Medical and sanitary report of the native army of Bengal for the year
Year: 1878
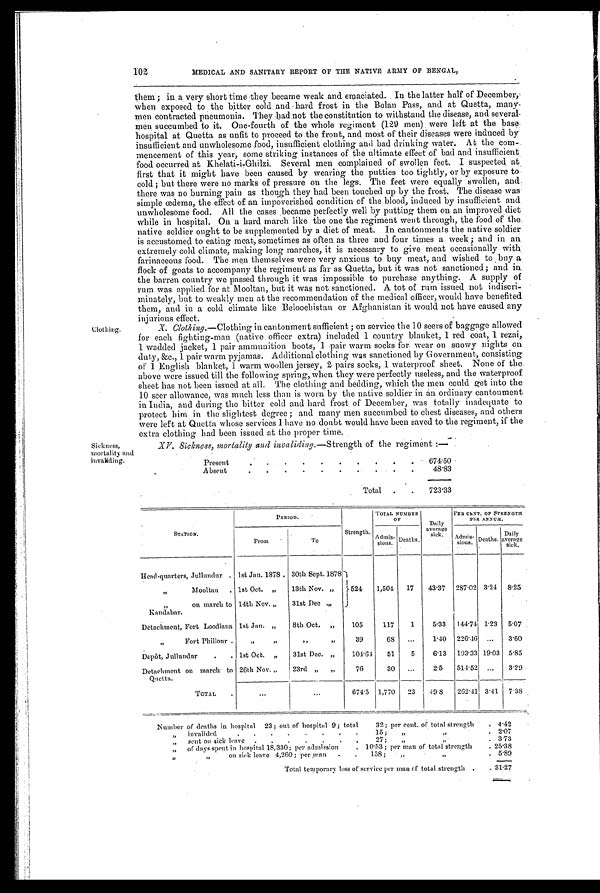
102 MEDICAL AND SANITARY REPORT OF THE NATIVE ARMY OF BENGAL,
them; in a very short time theybecame weak and emaciated. In the latter half of December,
When exposed to the bitter cold and hard frost in the Bolan Pass, and at Quetta, many-
men contracted pneumonia. They had not the constitution to withstand the disease, and several-
men succumbed to it. One-fourth of the whole regiment (129 men). were left at the base
hospital at Quetta as unfit to proceed to the front, and most of their diseases were induced by
insufficient and unwholesome food, insufficient clothing and bad drinking water. At the com-
mencement of this year, some striking instances of the ultimate effect of bad and insufficient
food occurred at Khelati-i-Ghilzi. Several men complained of swollen feet. I suspected at
first that it might have been caused by wearing the putties too tightly, or by exposure to
cold ; but there were no marks of pressure on the legs. The feet were equally swollen, and
there was no burning pain as though they had been touched up by the frost. The disease was
simple œdema, the effect of an impoverished condition of the blood, induced by insufficient and
unwholesome food. All the cases ,became perfectly well by putting them on an improved diet
while in hospital. On a hard march like the one the regiment went through, the food of the
native soldier ought-to be supplemented by a diet of meat. In cantonments the native soldier
is accustomed to eating meat, sometimes as often as three and four times a week ; and in an
extremely cold climate, making long marches, it is necessary to give meat occasionally with,
farinaceous food. The men themselves were very anxious to buy meat, and wished to buy a
flock of goats to accompany the regiment as far as Quetta, but it was not sanctioned; and in
the barren country we passed through it was impossible to purchase anything. A supply of
rum was applied for at Mooltan, but it was not sanctioned. A tot of rum issued not indiscri-
minately, but to weakly men at the recommendation of the medical officer, would have benefited
them, and in a cold climate like Beloochistan or Afghanistan it would not have caused any
injurious effect.
Clothing.
Sickness,
mortality and
X. Clothing.—Clothing in cantonment sufficient ; on service the 10 seers of baggage allowed
for each fighting-man (native officer extra) included 1 country blanket, 1 red coat, 1 rezai,
1 wadded jacket, 1 pair ammunition boots, 1 pair warm socks for, wear on snowy nights on
d u t y , & c . , 1 p a i r w a r m p y j a m a s . A d d i t i o n a l c l o t h i n g w a s s a n c t i o n e d b y G o v e r n m e n t , c o n s i s t i n g
of 1 English blanket, 1 warm woollen jersey, 2 pairs socks, 1 waterproof sheet. None of the.
above were issued till the following spring, when they were perfectly useless, and the waterproof
sheet has not been issued at all. The clothing and bedding, which the men could get into the
10 seer allowance, was much less than is worn by the native soldier in an ordinary cantonment
in India, and during the bitter cold and hard frost of December, was totally inadequate to
protect him in the slightest degree ; and many men succumbed to chest diseases, and others
were left at Quetta whose services I have no doubt would have been saved to the regiment, if the
extra clothing bad been issued at the proper time.
XV. Sickness, mortality and invaliding.—Strength of the regiment:—
Present
. .
. .
.
.
.
. . . 674.50
Absent
. . . . . . .
. .
.
48.83
Total .
. 723.33
P E R I O D .
Strength.
TOTAL NUMBER
O F
Daily
average sick.
PER CENT. OF STRENGTH
PER ANNUM.
STATION.
From
To
A dmis-
sions. Deaths.
Admis-
sinus. Deaths. Daily
average sick.
Head-quarters, Jullundur . 1st Jan. 1878. 30th Sept. 1878
524 1,504 17 43.37 287.02 3.24 8 . 2 5
"
Mooltan . 1st Oct. ,, 13th Nov.
,,
" on march to
K a n d a h a r .
14th Nov. „ 31st Dec „
Detachment, Fort Loodiana 1st .Jan. „ 8th Oct. „
105
117
1
5.33 144.74 1.23 5.07
„
Fort Phillour .
„
„
„
„
39
63 ...
1.40 226.46 ... 3.60
Depôt, Jullundur
. .
1st Oct. „ 31st Dec. „
104.61 51
5
6.13 193.33 19.03 5.85
Detachment on march to
Quetta.
26th Nov. „ 23rd „ „
76
30 ...
2.5 514.52 ... 3.29
TOTAL .
. . .
. . .
674.5 1,770 23 49.8 262.41 3.41 7.38
Number of deaths in hospital 23; out of hospital 9; total 32; per cent. of total strength . 4.42
„ invalided
.
. .
.
. . .
. 15;
„ „
. 2.07
„ sent on sick leave . . . . . . .
27; ,,,,
. 3.73
„ of days spent in hospital 18,330; per admission . . 10.53 ; per man of total strength
. 25.38
,,,,
on sick leave 4,260 ; per man
. 158; „
,,
. 5.89
Total temporary loss of service per man of total strength . . 31.27